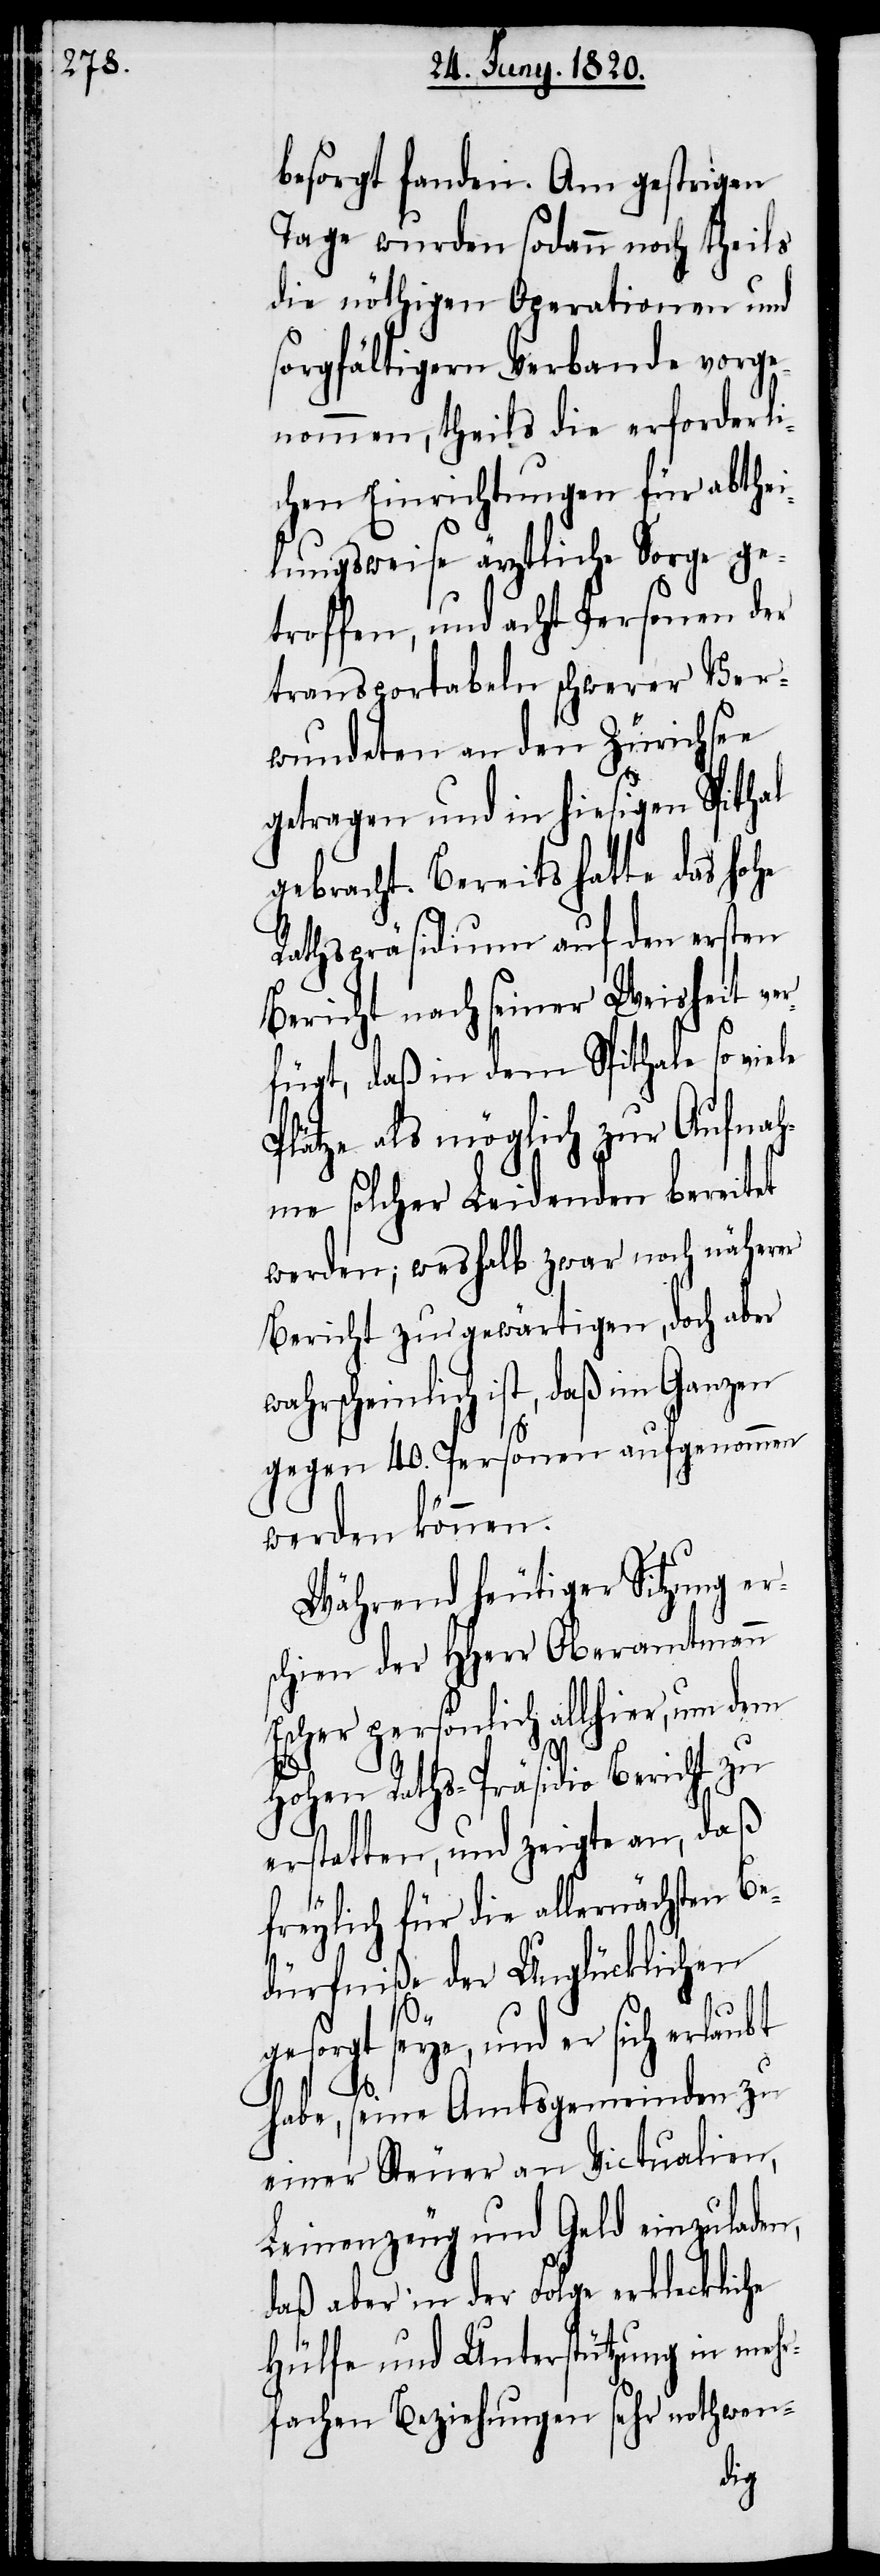
besorgt fanden. Am gestrigen
Tage wurden sodann noch theils
die nöthigen Operationen und
sorgfältigern Verbande vorge¬
nommen, theils die erforderli¬
chen Einrichtungen für abthei¬
lungsweise ärztliche Sorge ge¬
troffen, und acht Personen der
transportabeln schwerer Ver¬
wundeten an den Zürichsee
getragen und in hiesigen Spithal
gebracht. Bereits hatte das hohe
Rathspräsidium auf den ersten
Bericht nach seiner Weisheit ve¬
rfügt, daß in dem Spithale so viele
Plätze als möglich zur Aufnah¬
me solcher Leidenden bereitet
werden; weshalb zwar noch näherer
Bericht zur gewärtigen, doch aber
scheinlich ist, daß im Ganzen
gegen 40. Personen aufgenommen
werden können.
Während heutiger Sitzung er¬
schien der Hherr Oberamtmann
Escher persönlich allhier, um dem
hohen Raths-Präsidio Bericht zu
erstatten und zeigte an, daß
freylich für die allernächsten Be¬
dürfniße der Unglücklichen
wahr¬
gesorgt seye, und er sich erlaubt
habe, seine Amtsgemeinden zu
einer Steuer an Victualien,
Leinenzeug und Geld einzuladen,
daß aber in der Folge erkleckliche
Hülfe und Unterstützung in mehr¬
fachen Beziehungen sehr nothwen-